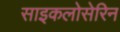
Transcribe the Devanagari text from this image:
साइकलोसेरिन